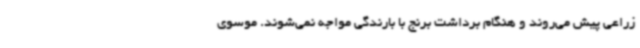
زراعی پیش می‌روند و هنگام برداشت برنج با بارندگی مواجه نمی‌شوند. موسوی